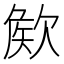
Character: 𣣡